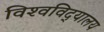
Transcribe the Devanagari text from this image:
विश्‍वविद्‍यालय